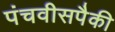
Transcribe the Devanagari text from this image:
पंचवीसपैकी